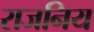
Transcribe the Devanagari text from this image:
राजनिय